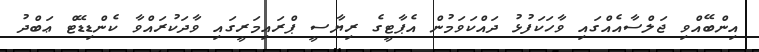
އިންބޭއްވި ޖަލްސާއެއްގައި ވާހަކަފުޅު ދައްކަވަމުން އެޕާޓީގެ ރިޔާސީ ޕްރައިމަރީގައި ވާދަކުރައްވާ ކެންޑިޑޭޓް ޢަބްދު